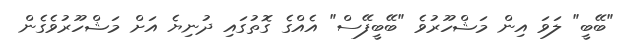
"ބޭބީ" ލަވަ އިން މަޝްހޫރުވެ "ބޭބީފޭސް" އެއްގެ ގޮތުގައި ދުނިޔެ އަށް މަޝްހޫރުވެގެން